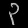
Digit: ၃